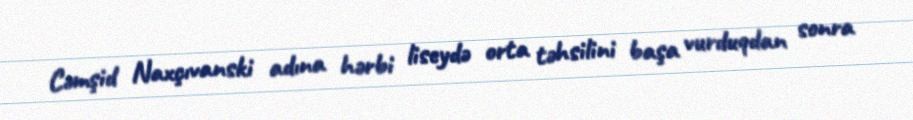
Cəmşid Naxçıvanski adına hərbi liseydə orta təhsilini başa vurduqdan sonra